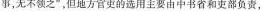
事，无不领之”，但地方官吏的选用主要由中书省和吏部负责，